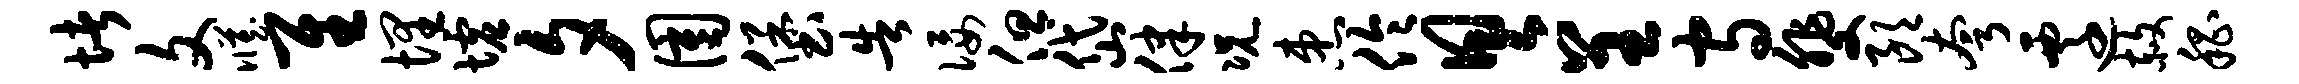
堵文臧隹埋墟夕圉堡告佞但岱律况患伶具呈守斐朗夸迁赦嵇